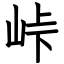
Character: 峠